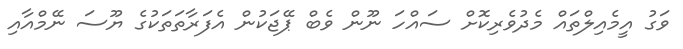
ވަގު އީމެއިލްތައް މެދުވެރިކޮށް ސައްހަ ނޫން ވެބް ޕޭޖަކުން އެފަރާތަތަކުގެ ޔޫސަ ނޭމްއާއި